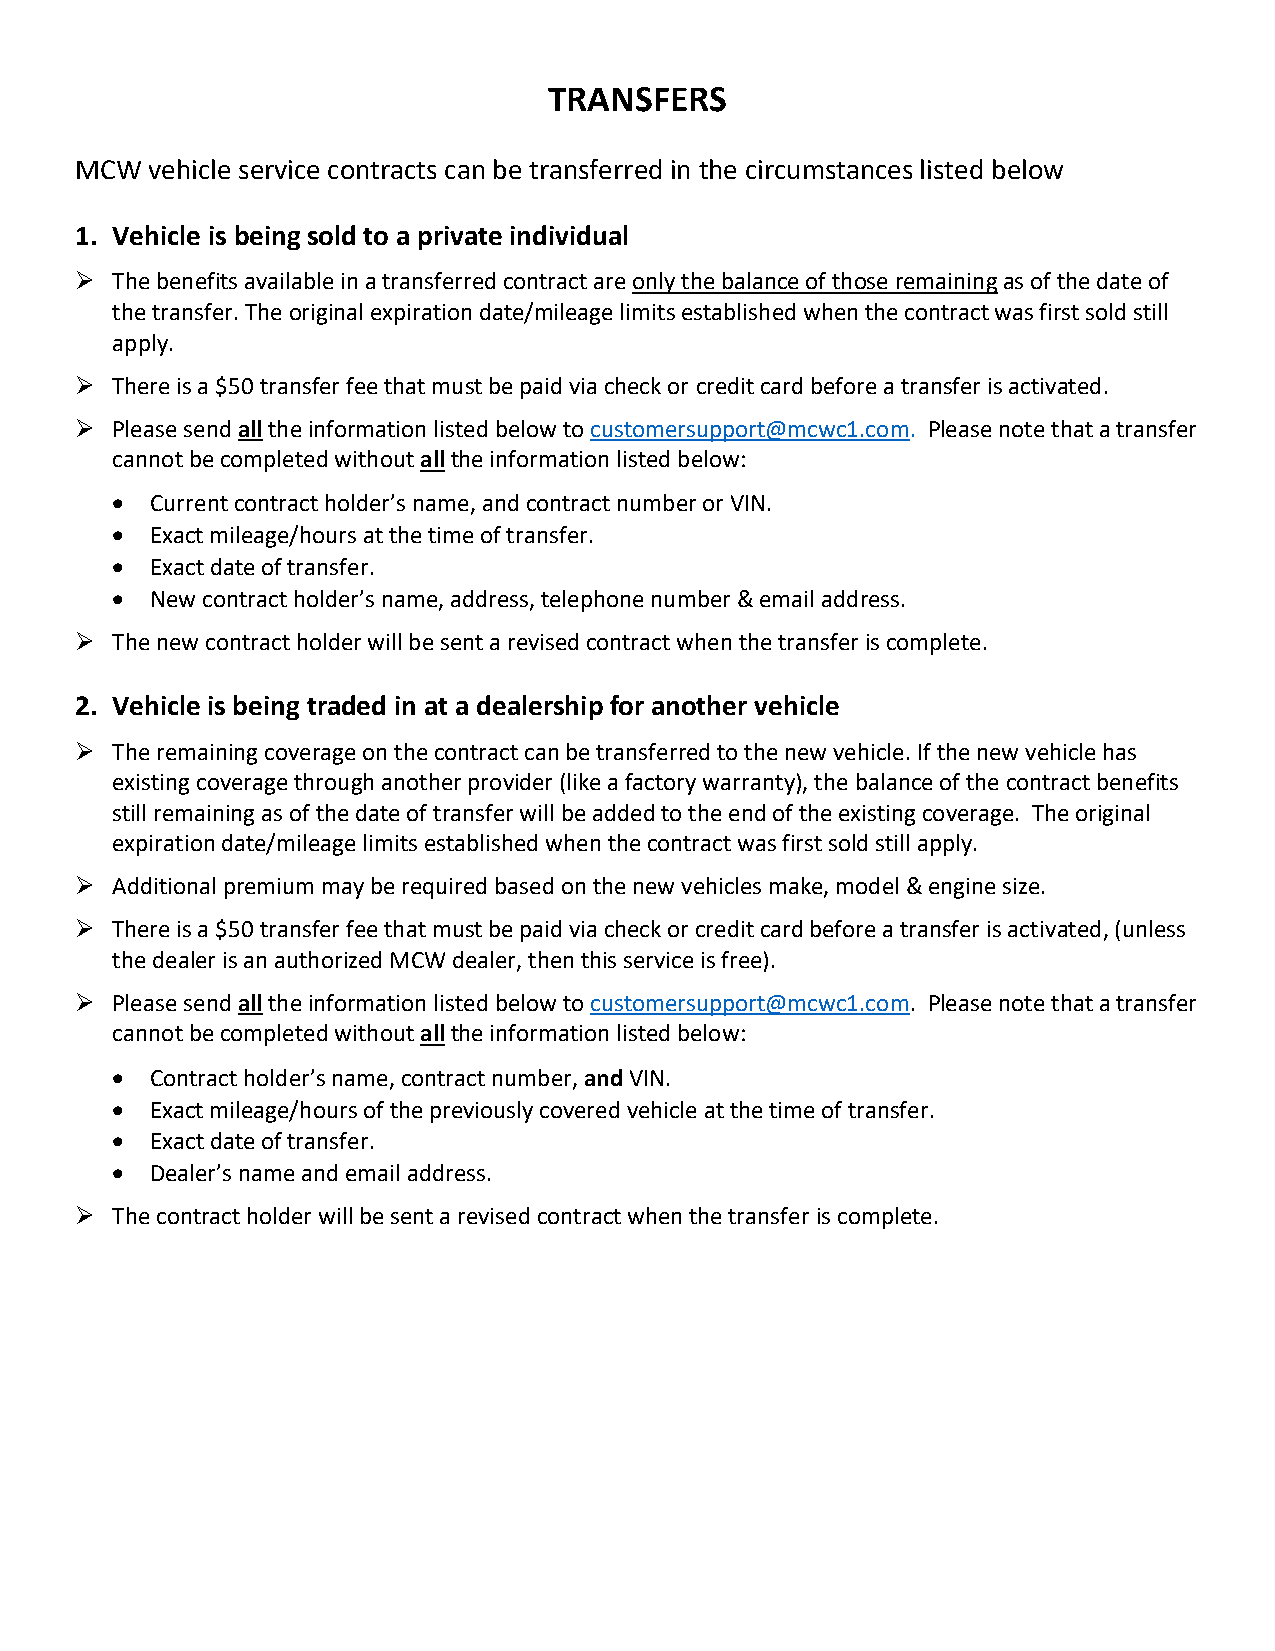
TRANSFERS
 MCW  vehicle service contracts can be transferred in the circumstances listed below
 1. Vehicle is being sold to a private individual
 ➢ The benefits available in a transferred contract are only the balance of those remaining as of the date of
 the transfer. The original expiration date/mileage limits established when the contract was first sold still
 apply.
 ➢ There is a $50 transfer fee that must be paid via check or credit card before a transfer is activated.
 ➢ Please send all the information listed below to customersupport@mcwc1.com. Please note that a transfer
 cannot be completed without all the information listed below:
 •  Current contract holder’s name, and contract number or VIN.
 •  Exact mileage/hours at the time of transfer.
 •  Exact date of transfer.
 •  New contract holder’s name, address, telephone number & email address.
 ➢ The new contract holder will be sent a revised contract when the transfer is complete.
 2. Vehicle is being traded in at a dealership for another vehicle
 ➢ The remaining coverage on the contract can be transferred to the new vehicle. If the new vehicle has
 existing coverage through another provider (like a factory warranty), the balance of the contract benefits
 still remaining as of the date of transfer will be added to the end of the existing coverage. The original
 expiration date/mileage limits established when the contract was first sold still apply.
 ➢ Additional premium may be required based on the new vehicles make, model & engine size.
 ➢ There is a $50 transfer fee that must be paid via check or credit card before a transfer is activated, (unless
 the dealer is an authorized MCW dealer, then this service is free).
 ➢ Please send all the information listed below to customersupport@mcwc1.com. Please note that a transfer
 cannot be completed without all the information listed below:
 •  Contract holder’s name, contract number, and VIN.
 •  Exact mileage/hours of the previously covered vehicle at the time of transfer.
 •  Exact date of transfer.
 •  Dealer’s name and email address.
 ➢ The contract holder will be sent a revised contract when the transfer is complete.